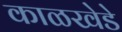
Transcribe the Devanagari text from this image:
काळखेडे